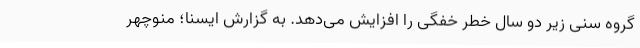
گروه سنی زیر دو سال خطر خفگی را افزایش می‌دهد. به گزارش ایسنا؛ منوچهر